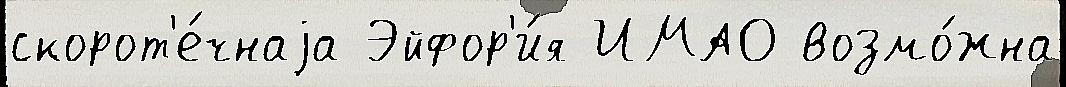
скорот'е́чнаjа Эйфор'и́я ИМАО возмо́жна